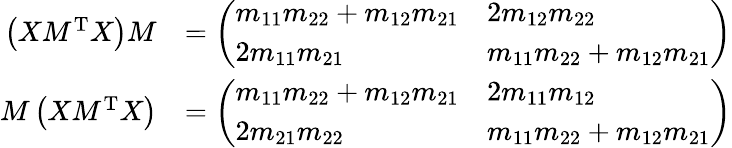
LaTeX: \begin{array}{rl}{\left(XM^{\mathrm{T}}X\right)M}&{=\left(\begin{array}{ll}{m_{11}m_{22}+m_{12}m_{21}}&{2m_{12}m_{22}}\\ {2m_{11}m_{21}}&{m_{11}m_{22}+m_{12}m_{21}}\end{array}\right)}\\ {M\left(XM^{\mathrm{T}}X\right)}&{=\left(\begin{array}{ll}{m_{11}m_{22}+m_{12}m_{21}}&{2m_{11}m_{12}}\\ {2m_{21}m_{22}}&{m_{11}m_{22}+m_{12}m_{21}}\end{array}\right)}\end{array}